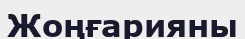
Жоңғарияны